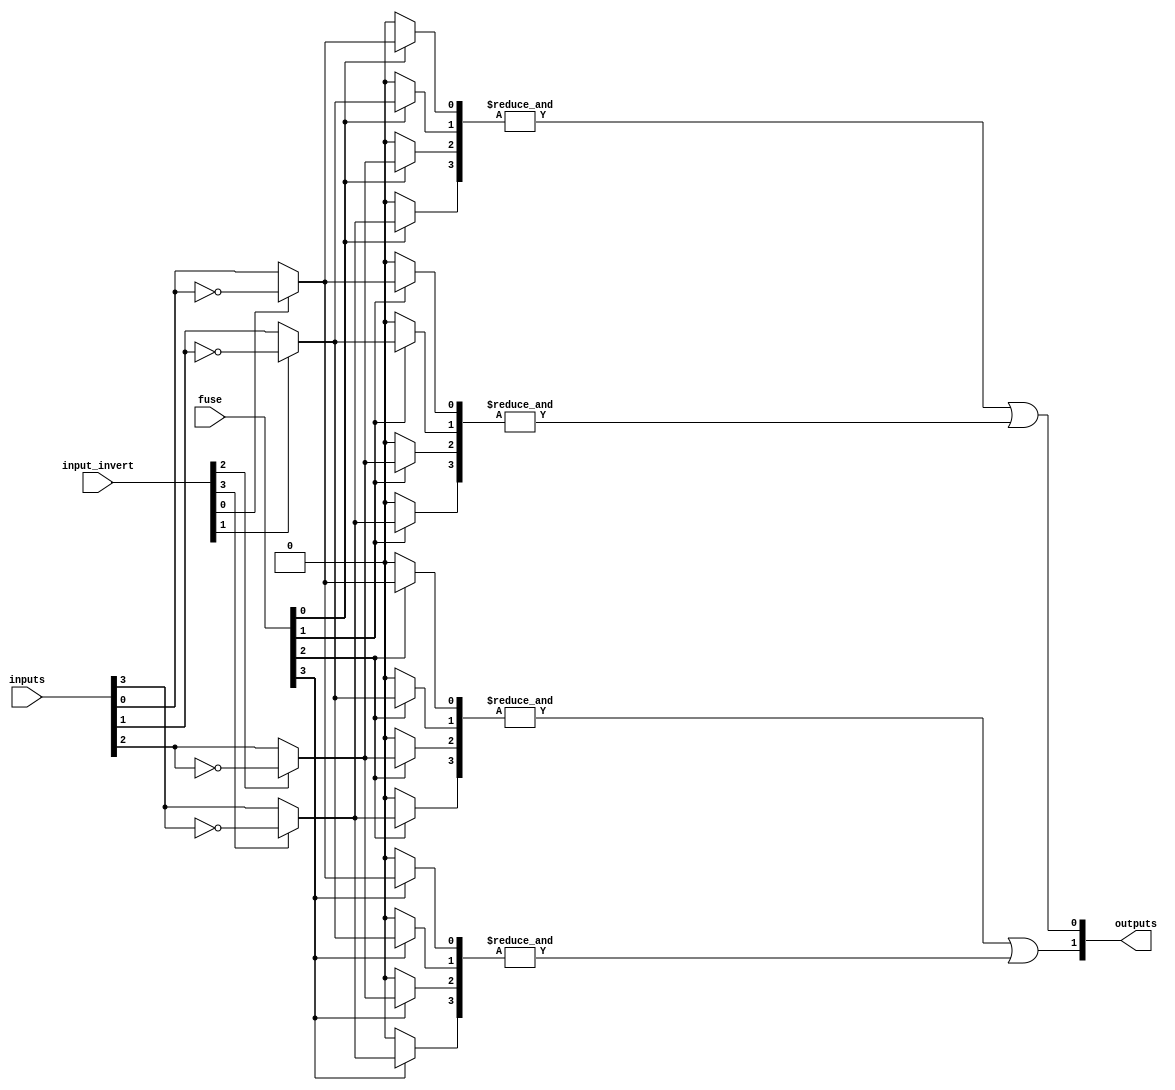
module FusedPAL #(parameter N = 4, M = 2, AND_GATES = 4)(
    input wire [N-1:0] inputs,          // Input signals
    input wire [N-1:0] input_invert,    // Inversion control for inputs
    input wire [AND_GATES-1:0] fuse,     // Fuses for programming connections
    output wire [M-1:0] outputs          // Output signals
);

// Internal wires for AND gate outputs
wire [AND_GATES-1:0] and_outputs;

// Generate the programmable AND gates
genvar i, j;
generate
    for (i = 0; i < AND_GATES; i = i + 1) begin : and_gates
        wire [N-1:0] and_inputs;
        // Connect inputs based on the fuse configuration
        for (j = 0; j < N; j = j + 1) begin
            assign and_inputs[j] = (fuse[i]) ? (input_invert[j] ? ~inputs[j] : inputs[j]) : 1'b0;
        end
        // AND gate: AND all inputs together
        assign and_outputs[i] = &and_inputs; // AND gate logic
    end
endgenerate

// Fixed OR gates to combine AND gate outputs
assign outputs[0] = and_outputs[0] | and_outputs[1]; // Example OR gate
assign outputs[1] = and_outputs[2] | and_outputs[3]; // Example OR gate

endmodule